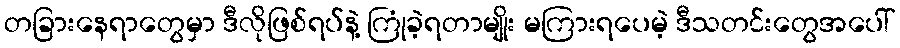
တခြားနေရာတွေမှာ ဒီလိုဖြစ်ရပ်နဲ့ ကြုံခဲ့ရတာမျိုး မကြားရပေမဲ့ ဒီသတင်းတွေအပေါ်